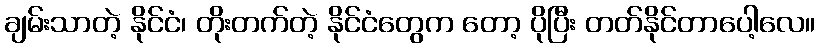
ချမ်းသာတဲ့ နိုင်ငံ၊ တိုးတက်တဲ့ နိုင်ငံတွေက တော့ ပိုပြီး တတ်နိုင်တာပေါ့လေ။